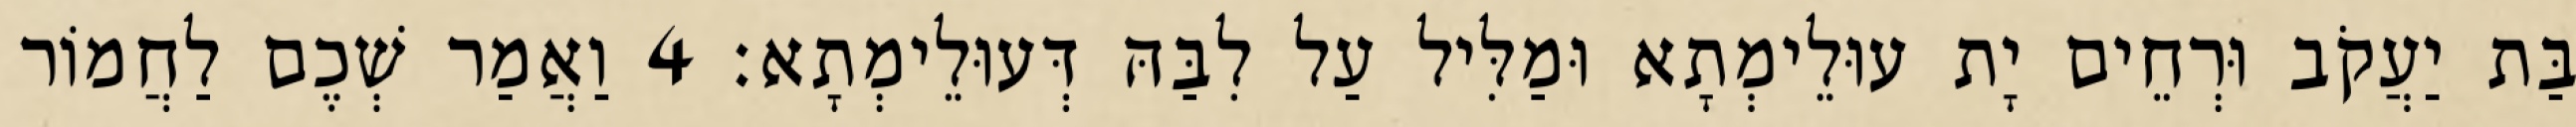
בַּת יַעֲקֹב וּרְחֵים יָת עוּלֵימְתָא וּמַלִּיל עַל לִבַּהּ דְּעוּלֵימְתָא׃ 4 וַאֲמַר שְׁכֶם לַחֲמוֹר